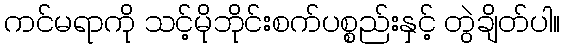
ကင်မရာကို သင့်မိုဘိုင်းစက်ပစ္စည်းနှင့် တွဲချိတ်ပါ။